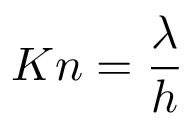
K n = \frac { { \lambda } } { h }